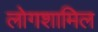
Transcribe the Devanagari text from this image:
लोगशामिल